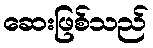
ဆေးဖြစ်သည်